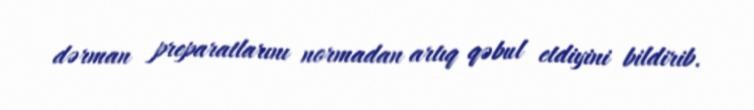
dərman preparatlarını normadan artıq qəbul etdiyini bildirib.